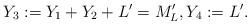
LaTeX: \begin{align*}Y_3:=Y_1+Y_2+L'=M_L', Y_4:=L'.\end{align*}